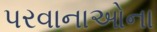
પરવાનાઓના